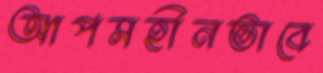
আপসহীনভাবে